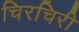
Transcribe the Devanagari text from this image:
चिरचिरी